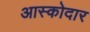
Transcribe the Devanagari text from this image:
आस्कोदार